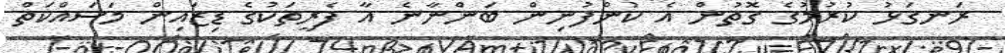
ރަނގަޅު ކުރުމުގެ ގޮތުން އެ ކުންފުނިން ބަންނާނެ އާ ފެރީތަކުގެ ޑިޒައިން މަސައްކަތް